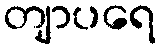
တျာပရေ